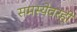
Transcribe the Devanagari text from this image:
समस्येवरही